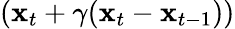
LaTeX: ({\mathbf x}_{t}+\gamma({\mathbf x}_{t}-{\mathbf x}_{t-1}))